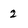
Character: 2